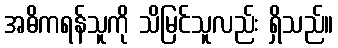
အဓိကရန်သူကို သိမြင်သူလည်း ရှိသည်။